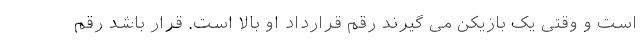
است و وقتی یک بازیکن می گیرند رقم قرارداد او بالا است. قرار باشد رقم